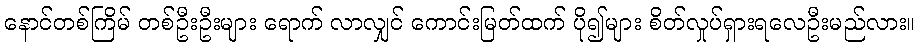
နောင်တစ်ကြိမ် တစ်ဦးဦးများ ရောက် လာလျှင် ကောင်းမြတ်ထက် ပို၍များ စိတ်လှုပ်ရှားရလေဦးမည်လား။